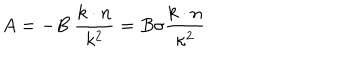
LaTeX: A = - B \ \frac { k \cdot n } { k ^ { 2 } } = B \sigma \frac { k \cdot n } { \kappa ^ { 2 } }